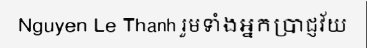
Nguyen Le Thanh រួមទាំងអ្នកប្រាជ្ញវ័យ